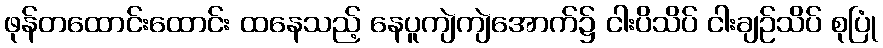
ဖုန်တထောင်းထောင်း ထနေသည့် နေပူကျဲကျဲအောက်၌ ငါးပိသိပ် ငါးချဉ်သိပ် စုပြုံ